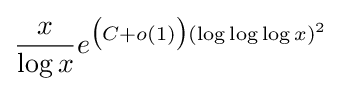
{\frac {x}{\log x}}e^{{\big (}C+o(1){\big )}(\log \log \log x)^{2}}